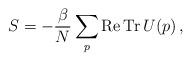
LaTeX: \begin{align*}S = - \frac{\beta}{N} \sum_{p} {\rm Re\,Tr}\,U(p)\,,\end{align*}